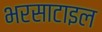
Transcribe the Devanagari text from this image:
भरसाटाइल